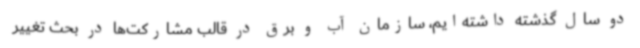
دو سال گذشته داشته‌ایم، سازمان آب و برق در قالب مشارکت‌ها در بحث تغییر